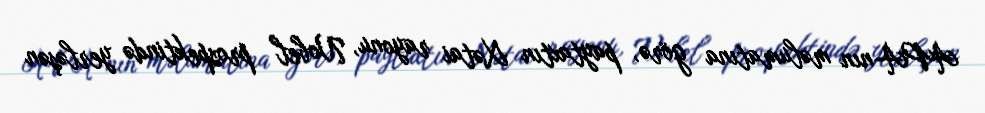
APA-nın məlumatına görə, paytaxtın Xətai rayonu, Nobel prospektində yerləşən